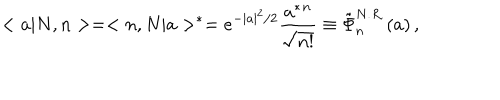
LaTeX: < a | N , n > = < n , N | a > ^ { * } = e ^ { - | a | ^ { 2 } / 2 } \frac { a ^ { * } { } ^ { n } } { \sqrt { n ! } } \equiv \tilde { \Phi } _ { n } ^ { N . R . } ( a ) \, ,